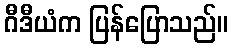
ဂီဒီယံက ပြန်ပြောသည်။